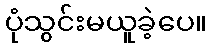
ပုံသွင်းမယူခဲ့ပေ။